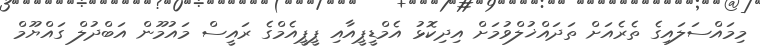
މިމައްސަލައިގެ ތެރެއަށް ތަދައްޚުލްވުމަށް އިދިކޮޅު އެމްޑީޕީއާއި ޕީޕީއެމްގެ ރައީސް މައުމޫން އަބްދުލް ގައްޔޫމް